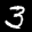
Label: 3